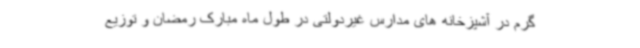
گرم در آشپزخانه های مدارس غیردولتی در طول ماه مبارک رمضان و توزیع